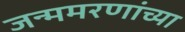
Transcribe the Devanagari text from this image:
जन्ममरणांच्या